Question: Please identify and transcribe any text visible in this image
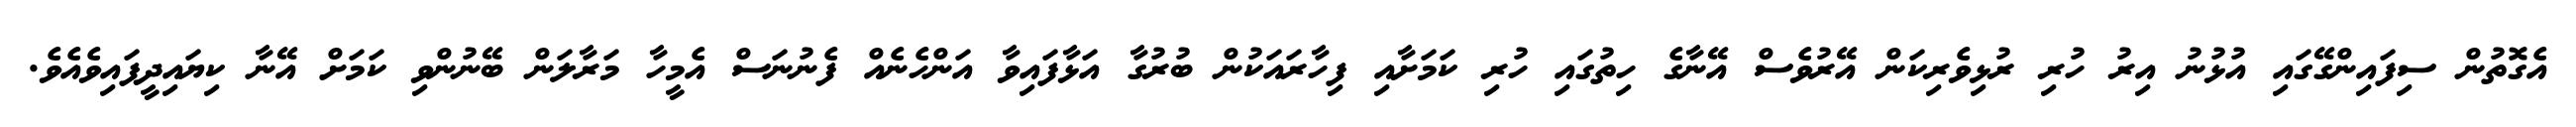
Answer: އެގޮތުން ސިފައިންގޭގައި އުޅުނު އިރު ހުރި ރުޅިވެރިކަން އޭރުވެސް އޭނާގެ ހިތުގައި ހުރި ކަމަށާއި ފިހާރައަކުން ބުރުގާ އަޅާފައިވާ އަންހެނެއް ފެނުނަސް އެމީހާ މަރާލަން ބޭނުންވި ކަމަށް އޭނާ ކިޔައިދީފައިވެއެވެ.